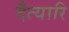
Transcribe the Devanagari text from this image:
दैत्यारि